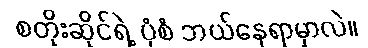
စတိုးဆိုင်ရဲ့ ပုံစံ ဘယ်နေရာမှာလဲ။